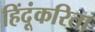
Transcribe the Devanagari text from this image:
हिंदूंकरिता